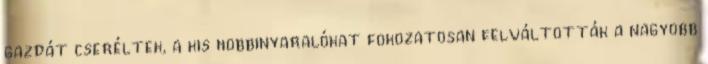
gazdát cseréltek, a kis hobbinyaralókat fokozatosan felváltották a nagyobb